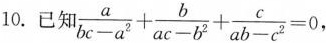
10.已知$$\frac{a}{bc-a^{2}}+ \frac{b}{ac-b^{2}}+ \frac{c}{ab-c^{2}}=0$$,